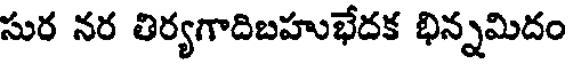
సుర నర తిర్యగాదిబహుభేదక భిన్నమిదం